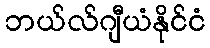
ဘယ်လ်ဂျီယံနိုင်ငံ